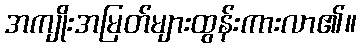
အကျိုးအမြတ်များထွန်းကားလာ၏။